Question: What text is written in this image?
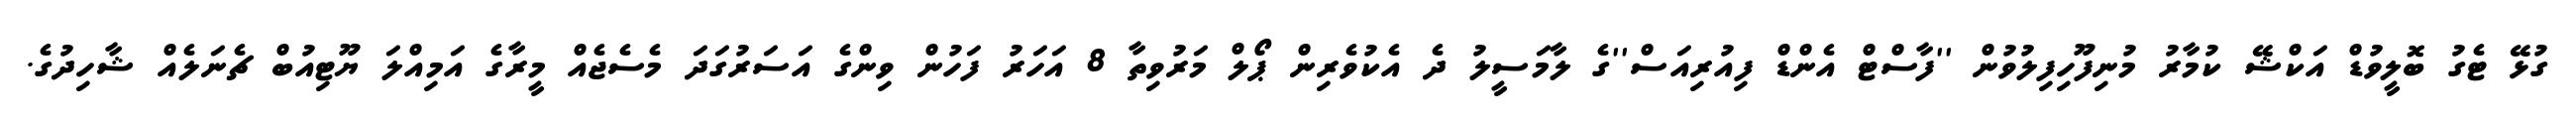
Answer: ގުޅޭ ޓެގު ބޮލީވުޑް އަކްޝޭ ކުމާރު މުނިފޫހިފިލުވުން ''ފާސްޓް އެންޑް ފިއުރިއަސް''ގެ ލާމަސީލު ދެ އެކުވެރިން ޕޯލް މަރުވިތާ 8 އަހަރު ފަހުން ވިންގެ އަސަރުގަދަ މެސެޖެއް މީރާގެ އަމިއްލަ ޔޫޓިއުބް ޗެނަލެއް ޝާހިދުގެ.